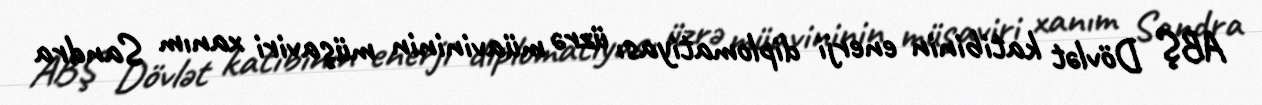
ABŞ Dövlət katibinin enerji diplomatiyası üzrə müavininin müşaviri xanım Sandra